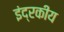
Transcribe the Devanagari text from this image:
इंद्रकीय